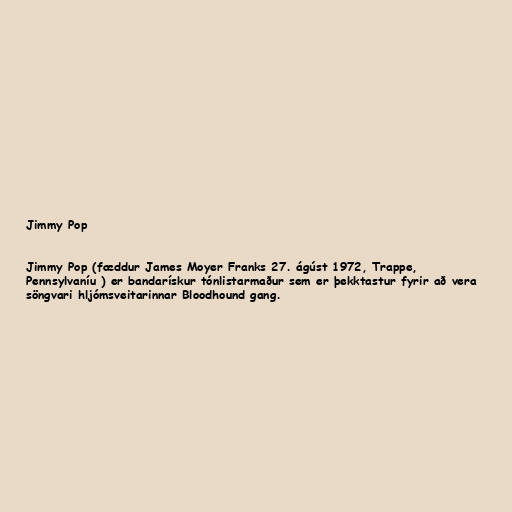
Jimmy Pop

Jimmy Pop (fæddur James Moyer Franks 27. ágúst 1972, Trappe,
Pennsylvaníu ) er bandarískur tónlistarmaður sem er þekktastur fyrir að vera
söngvari hljómsveitarinnar Bloodhound gang.